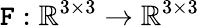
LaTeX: \boldsymbol{\mathtt{F}}:\mathbb{{R}}^{3\times3}\rightarrow\mathbb{{R}}^{3\times3}